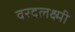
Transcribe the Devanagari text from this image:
वरदलक्ष्मी